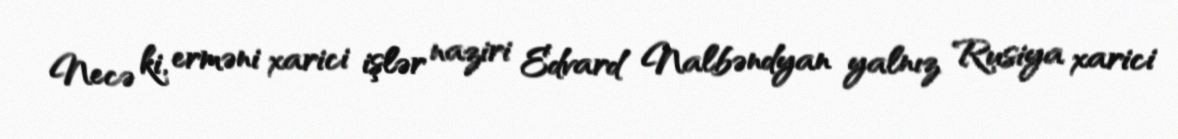
Necə ki, erməni xarici işlər naziri Edvard Nalbəndyan yalnız Rusiya xarici